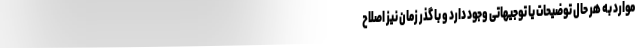
موارد به هر حال توضیحات یا توجیهاتی وجود دارد و با گذر زمان نیز اصلاح